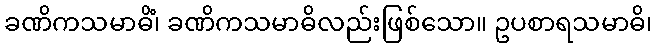
ခဏိကသမာဓိံ၊ ခဏိကသမာဓိလည်းဖြစ်သော။ ဥပစာရသမာဓိ၊